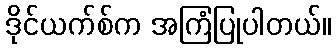
ဒိုင်ယက်စ်က အကြံပြုပါတယ်။